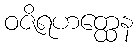
ဝဇိရဟတ္ထေန